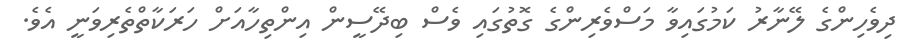
ދިވެހިންގެ ލޭނާރު ކަމުގައިވާ މަސްވެރިންގެ ގޮތުގައި ވެސް ބިދޭސީން އިންތިހާއަށް ހަރަކާތްތެރިވަނީ އެވެ.